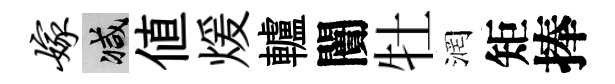
嫁减値煖轤闠牡润矩捧